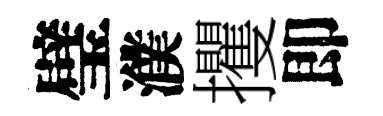
璧濮攫即